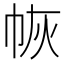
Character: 𭘛